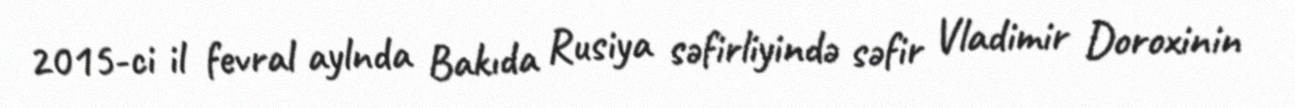
2015-ci il fevral aylnda Bakıda Rusiya səfirliyində səfir Vladimir Doroxinin